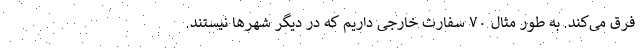
فرق می‌کند. به طور مثال ۷۰ سفارت خارجی داریم که در دیگر شهر‌ها نیستند.